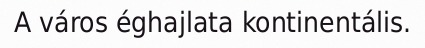
A város éghajlata kontinentális.